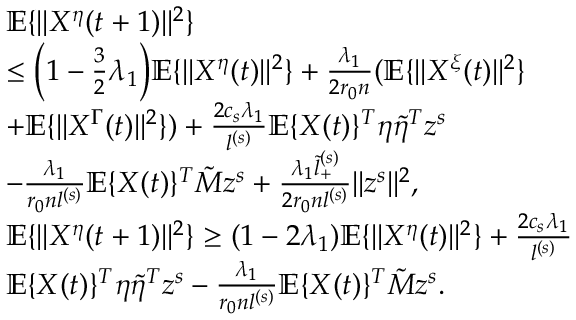
\begin{array} { r l } & { \mathbb { E } \{ \| X ^ { \eta } ( t + 1 ) \| ^ { 2 } \} } \\ & { \le \Big ( 1 - \frac 3 2 \lambda _ { 1 } \Big ) \mathbb { E } \{ \| X ^ { \eta } ( t ) \| ^ { 2 } \} + \frac { \lambda _ { 1 } } { 2 r _ { 0 } n } ( \mathbb { E } \{ \| X ^ { \xi } ( t ) \| ^ { 2 } \} } \\ & { + \mathbb { E } \{ \| X ^ { \Gamma } ( t ) \| ^ { 2 } \} ) + \frac { 2 c _ { s } \lambda _ { 1 } } { l ^ { ( s ) } } \mathbb { E } \{ X ( t ) \} ^ { T } \eta \tilde { \eta } ^ { T } z ^ { s } } \\ & { - \frac { \lambda _ { 1 } } { r _ { 0 } n l ^ { ( s ) } } \mathbb { E } \{ X ( t ) \} ^ { T } \tilde { M } z ^ { s } + \frac { \lambda _ { 1 } \tilde { l } _ { + } ^ { ( s ) } } { 2 r _ { 0 } n l ^ { ( s ) } } \| z ^ { s } \| ^ { 2 } , } \\ & { \mathbb { E } \{ \| X ^ { \eta } ( t + 1 ) \| ^ { 2 } \} \ge ( 1 - 2 \lambda _ { 1 } ) \mathbb { E } \{ \| X ^ { \eta } ( t ) \| ^ { 2 } \} + \frac { 2 c _ { s } \lambda _ { 1 } } { l ^ { ( s ) } } } \\ & { \mathbb { E } \{ X ( t ) \} ^ { T } \eta \tilde { \eta } ^ { T } z ^ { s } - \frac { \lambda _ { 1 } } { r _ { 0 } n l ^ { ( s ) } } \mathbb { E } \{ X ( t ) \} ^ { T } \tilde { M } z ^ { s } . } \end{array}